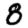
Digit: 8